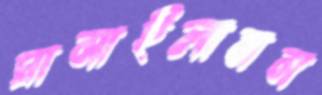
ঘামাইলামম